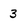
Character: 3